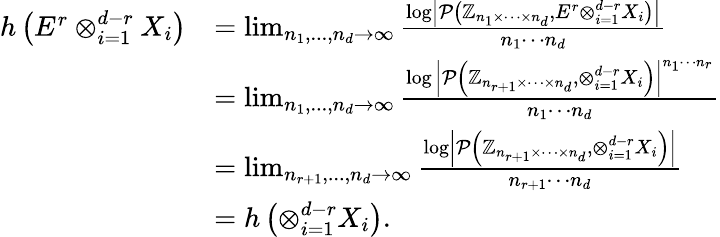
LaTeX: \begin{array}{rl}{h\left(E^{r}\otimes_{i=1}^{d-r}X_{i}\right)}&{=\operatorname*{lim}_{n_{1},...,n_{d}\to\infty}\frac{\log\left|\mathcal{P}\left(\mathbb{Z}_{n_{1}\times\cdots\times n_{d}},E^{r}\otimes_{i=1}^{d-r}X_{i}\right)\right|}{n_{1}\cdots n_{d}}}\\ &{=\operatorname*{lim}_{n_{1},...,n_{d}\to\infty}\frac{\log\left|\mathcal{P}\left(\mathbb{Z}_{n_{r+1}\times\cdots\times n_{d}},\otimes_{i=1}^{d-r}X_{i}\right)\right|^{n_{1}\cdots n_{r}}}{n_{1}\cdots n_{d}}}\\ &{=\operatorname*{lim}_{n_{r+1},...,n_{d}\to\infty}\frac{\log\left|\mathcal{P}\left(\mathbb{Z}_{n_{r+1}\times\cdots\times n_{d}},\otimes_{i=1}^{d-r}X_{i}\right)\right|}{n_{r+1}\cdots n_{d}}}\\ &{=h\left(\otimes_{i=1}^{d-r}X_{i}\right).}\end{array}